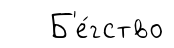
Б'е́гство